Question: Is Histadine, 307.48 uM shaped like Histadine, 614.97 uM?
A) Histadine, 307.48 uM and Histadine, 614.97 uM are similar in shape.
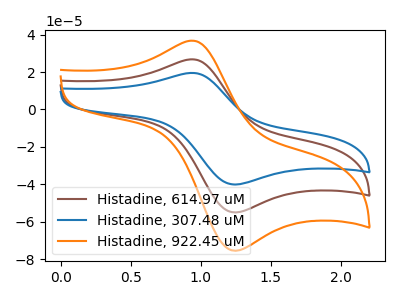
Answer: <think>The brown curve "Histadine, 614.97 uM" has an anodic peak at (0.95V, 26.75uA) and a cathodic peak at (1.25V, -54.90uA). The blue curve "Histadine, 307.48 uM" has an anodic peak at (0.95V, 19.50uA) and a cathodic peak at (1.25V, -40.00uA). The orange curve "Histadine, 922.45 uM" has an anodic peak at (0.95V, 53.55uA) and a cathodic peak at (1.25V, -109.85uA).
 All the peaks in "Histadine, 307.48 uM" have a peak in "Histadine, 614.97 uM" at the same potential. Every peak in "Histadine, 307.48 uM" is lower than every peak in "Histadine, 614.97 uM".</think>
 <answer>A) "Histadine, 307.48 uM" and "Histadine, 614.97 uM" are similar in shape.</answer>
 <eval>A</eval>